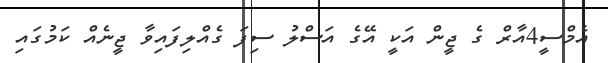
އެމްސީ4އާރް ގެ ޖީން އަކީ އޭގެ އަސްލު ސިފަ ގެއްލިފައިވާ ޖީނެއް ކަމުގައި